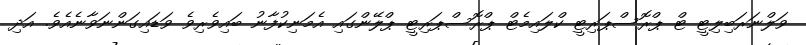
ވަލްނަރަބިލިޓީ ޓް ޕްރޮސްޕަރިޓީ ކްލައިމެޓް ޕްރޮސްޕަރިޓީ ޕްލޭންގައި އެމަނިކުފާނު ބައިވެރިވެ ވަޑައިގަންނަވާނެއެވެ. އަދި